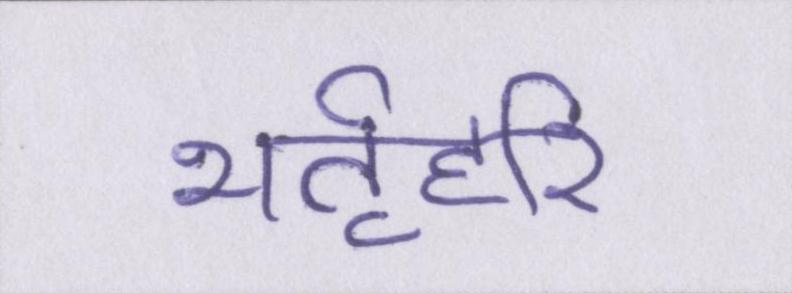
भर्तृहरि